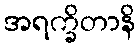
အရက္ခိတာနိ